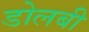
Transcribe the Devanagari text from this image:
डोलबी